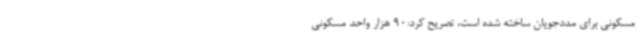
مسکونی برای مددجویان ساخته شده است، تصریح کرد:90 هزار واحد مسکونی